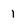
Character: 1